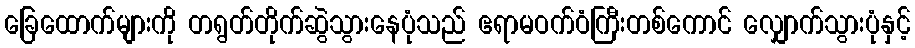
ခြေထောက်များကို တရွတ်တိုက်ဆွဲသွားနေပုံသည် ဧရာမဝက်ဝံကြီးတစ်ကောင် လျှောက်သွားပုံနှင့်